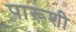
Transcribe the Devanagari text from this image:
पारूशी